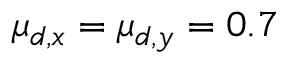
\mu _ { d , x } = \mu _ { d , y } = 0 . 7